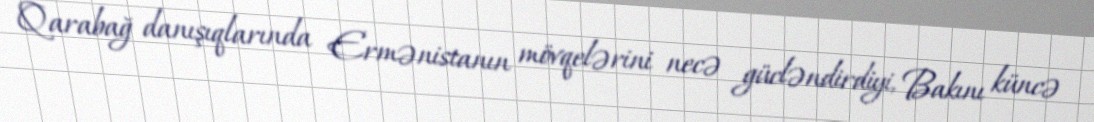
Qarabağ danışıqlarında Ermənistanın mövqelərini necə gücləndirdiyi, Bakını küncə